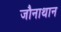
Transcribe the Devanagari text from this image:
जौनाथान